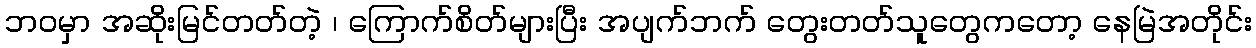
ဘဝမှာ အဆိုးမြင်တတ်တဲ့ ၊ ကြောက်စိတ်များပြီး အပျက်ဘက် တွေးတတ်သူတွေကတော့ နေမြဲအတိုင်း